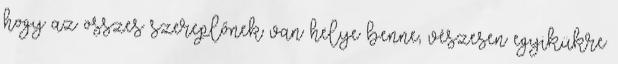
hogy az összes szereplőnek van helye benne, vészesen egyikükre